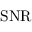
\operatorname { S N R }